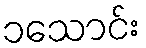
၁သောင်း